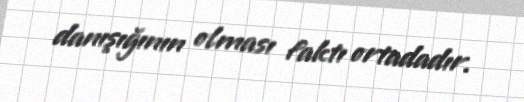
danışığının olması faktı ortadadır.